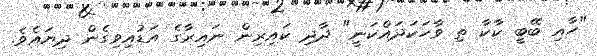
"ހާއި ބޭބީ ކާކާ ތި ވާހަކަދައްކަނީ" ދާދި ކައިރިން ނައިރާގެ އަޑުއިވިގެން ދިޔައެވެ.